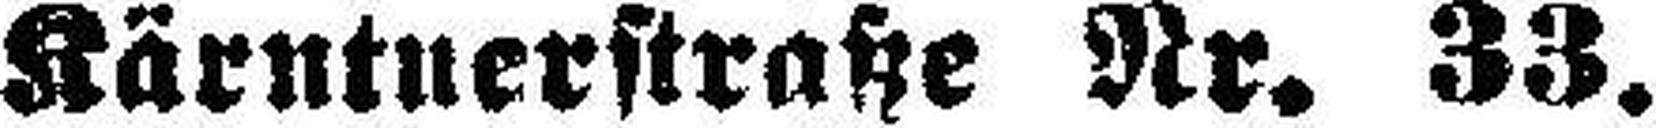
Kärntnerstraße Nr. 33.